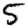
Digit: 5